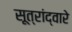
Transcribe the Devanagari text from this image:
सूत्रांद्वारे